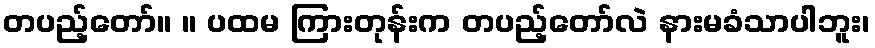
တပည့်တော်။ ။ ပထမ ကြားတုန်းက တပည့်တော်လဲ နားမခံသာပါဘူး၊